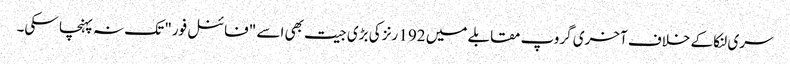
سری لنکا کے خلاف آخری گروپ مقابلے میں 192 رنز کی بڑی جیت بھی اسے "فائنل فور" تک نہ پہنچا سکی۔